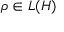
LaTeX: \rho \in L ( H )